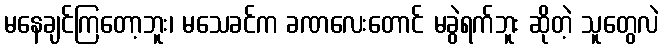
မနေချင်ကြတော့ဘူး၊ မသေခင်က ခဏလေးတောင် မခွဲရက်ဘူး ဆိုတဲ့ သူတွေလဲ